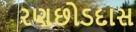
રણછોડદાસ